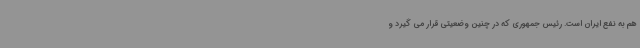
هم به نفع ایران است. رئیس جمهوری که در چنین وضعیتی قرار می گیرد و